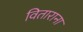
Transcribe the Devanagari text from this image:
विताराना